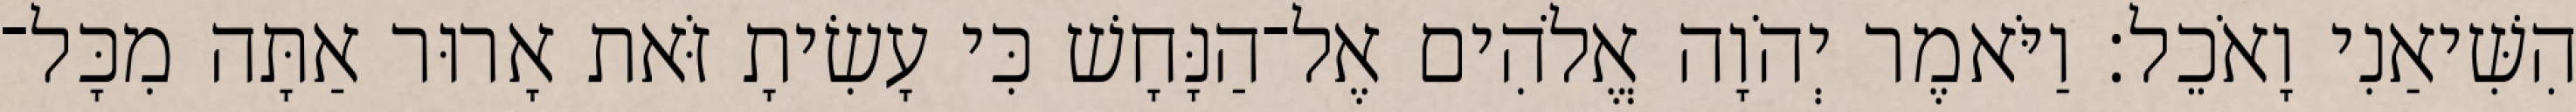
הִשִּׁיאַנִי וָאֹכֵל׃ וַיֹּאמֶר יְהֹוָה אֱלֹהִים אֶל־הַנָּחָשׁ כִּי עָשִׂיתָ זֹּאת אָרוּר אַתָּה מִכָּל־